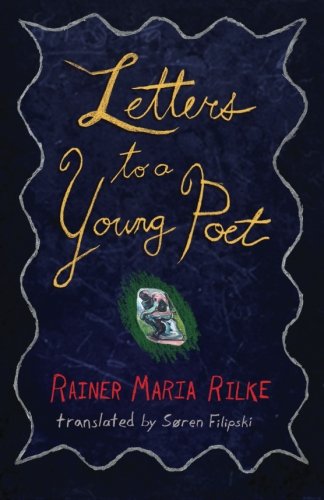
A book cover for Letters to a Young Poet; Rainer Maria Rilke; Literature & Fiction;